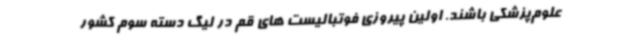
علوم‌پزشکی باشند. اولین پیروزی فوتبالیست های قم در لیگ دسته سوم کشور